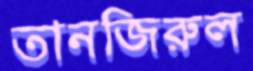
তানজিরুল